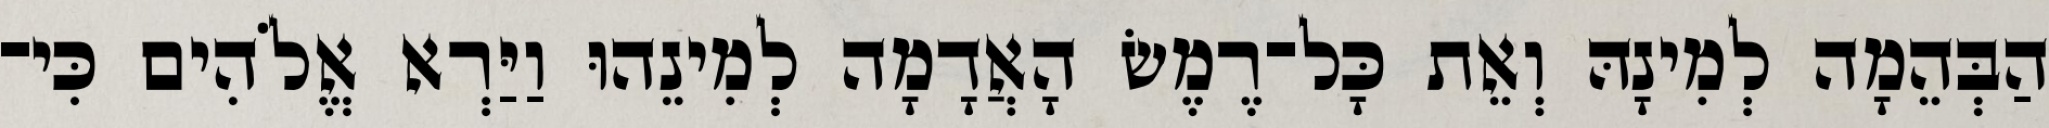
הַבְּהֵמָה לְמִינָהּ וְאֵת כָּל־רֶמֶשׂ הָאֲדָמָה לְמִינֵהוּ וַיַּרְא אֱלֹהִים כִּי־